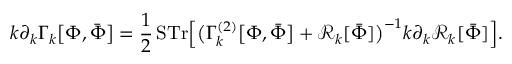
k \partial _ { k } \Gamma _ { k } { \big [ } \Phi , { \bar { \Phi } } { \big ] } = { \frac { 1 } { 2 } } \, { \mathrm { S T r } } { \Big [ } { \big ( } \Gamma _ { k } ^ { ( 2 ) } { \big [ } \Phi , { \bar { \Phi } } { \big ] } + { \mathcal { R } } _ { k } [ { \bar { \Phi } } ] { \big ) } ^ { - 1 } k \partial _ { k } { \mathcal { R } } _ { k } [ { \bar { \Phi } } ] { \Big ] } .